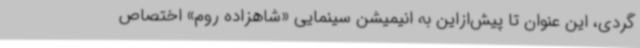
گردی، این عنوان تا پیش‌ازاین به انیمیشن سینمایی «شاهزاده روم» اختصاص